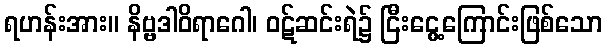
ရဟန်းအား။ နိဗ္ဗဒါဝိရာဂေါ၊ ဝဋ်ဆင်းရဲ၌ ငြီးငွေ့ကြောင်းဖြစ်သော